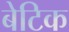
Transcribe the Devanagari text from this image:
बेटिक